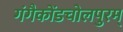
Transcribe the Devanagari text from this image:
गंगैकोंडचोलपुरम्